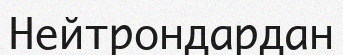
Нейтрондардан